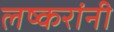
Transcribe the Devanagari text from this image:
लष्करांनी